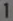
1